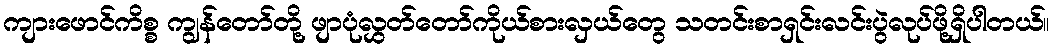
ကျားဖောင်ကိစ္စ ကျွန်တော်တို့ ဖျာပုံလွှတ်တော်ကိုယ်စားလှယ်တွေ သတင်းစာရှင်းလင်းပွဲလုပ်ဖို့ရှိပါတယ်။